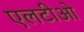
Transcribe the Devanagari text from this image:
एलटीओ